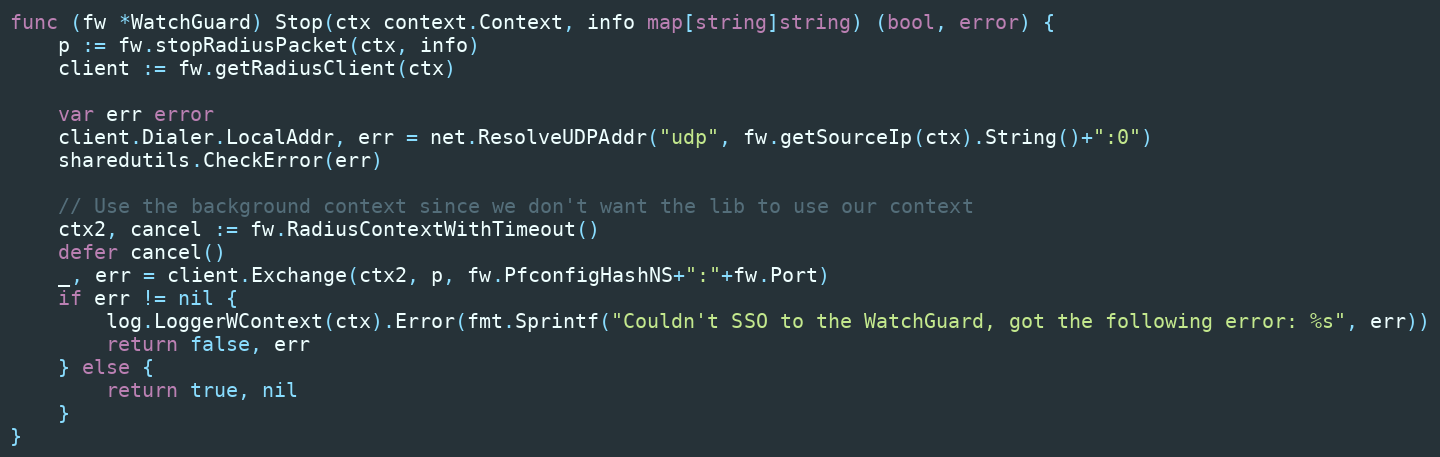
Language: Go
func (fw *WatchGuard) Stop(ctx context.Context, info map[string]string) (bool, error) {
	p := fw.stopRadiusPacket(ctx, info)
	client := fw.getRadiusClient(ctx)

	var err error
	client.Dialer.LocalAddr, err = net.ResolveUDPAddr("udp", fw.getSourceIp(ctx).String()+":0")
	sharedutils.CheckError(err)

	// Use the background context since we don't want the lib to use our context
	ctx2, cancel := fw.RadiusContextWithTimeout()
	defer cancel()
	_, err = client.Exchange(ctx2, p, fw.PfconfigHashNS+":"+fw.Port)
	if err != nil {
		log.LoggerWContext(ctx).Error(fmt.Sprintf("Couldn't SSO to the WatchGuard, got the following error: %s", err))
		return false, err
	} else {
		return true, nil
	}
}